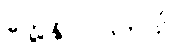
တွေ့နိုင် ပါတယ်။